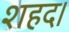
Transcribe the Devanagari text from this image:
शहद।